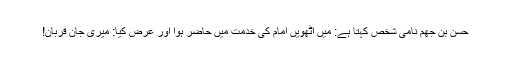
حسن بن جھم نامی شخص کہتا ہے: میں آٹھویں امامؑ کی خدمت میں حاضر ہوا اور عرض کیا: میری جان قربان!